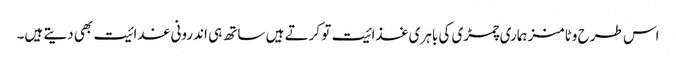
اس طرح وٹامنز ہماری چمڑی کی باہری غذائیت تو کرتے ہیں ساتھ ہی اندرونی غدائیت بھی دیتے ہیں۔